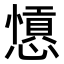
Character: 𢣁